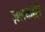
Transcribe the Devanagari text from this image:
ज़लकोरी